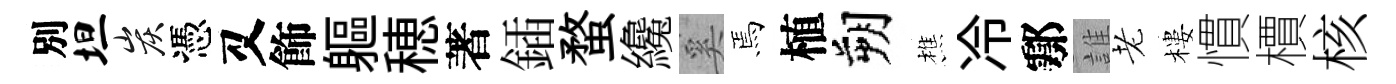
別坦炭憑又飾軀穂著鍤蝥纔奚焉植朔樵冷鄠誰老樓慣檟核